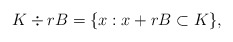
\begin{align*}K\div rB=\{x:x+rB\subset K\},\end{align*}